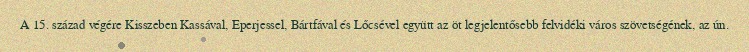
A 15. század végére Kisszeben Kassával, Eperjessel, Bártfával és Lőcsével együtt az öt legjelentősebb felvidéki város szövetségének, az ún.